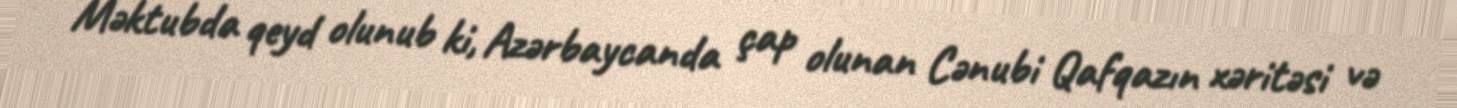
Məktubda qeyd olunub ki, Azərbaycanda çap olunan Cənubi Qafqazın xəritəsi və